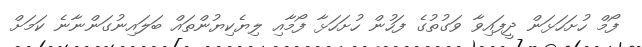
ފޯމް ހުށަހަޅަން ދީފައިވާ ވަގުތުގެ ފަހުން ހުށަހަޅާ ފޯމާއި ލިޔެކިޔުންތައް ބަލައިނުގަންނާނެ ކަަމަށް